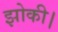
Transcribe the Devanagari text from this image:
झोकी।